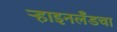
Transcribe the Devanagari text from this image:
ऱ्हाइनलँडचा